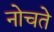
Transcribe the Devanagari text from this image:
नोचते